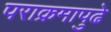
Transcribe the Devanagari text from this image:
पराक्रमापुढे